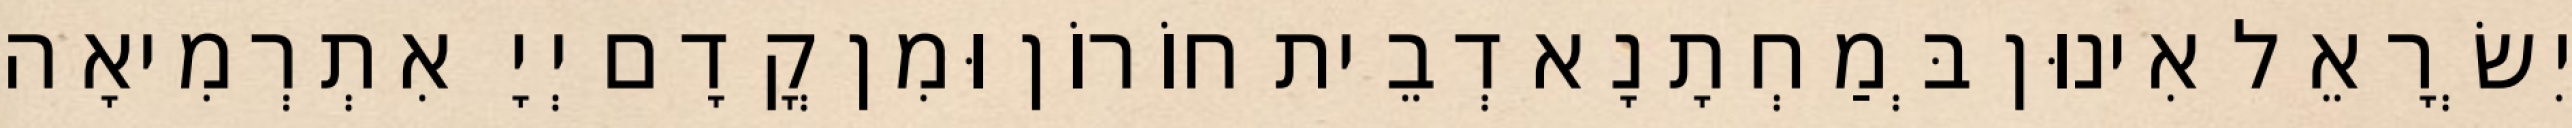
יִשְׂרָאֵל אִינוּן בְּמַחְתָנָא דְבֵית חוֹרוֹן וּמִן קֳדָם יְיָ אִתְרְמִיאָה